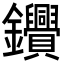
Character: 𨰷